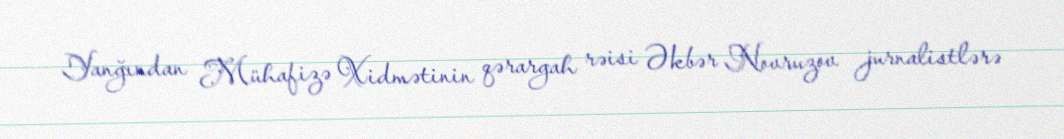
Yanğından Mühafizə Xidmətinin qərargah rəisi Əkbər Novruzov jurnalistlərə